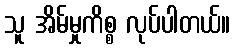
သူ အိမ်မှုကိစ္စ လုပ်ပါတယ်။